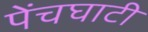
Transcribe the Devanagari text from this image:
पेंचघाटी